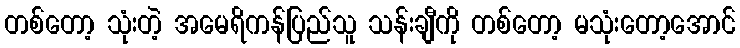
တစ်တော့ သုံးတဲ့ အမေရိကန်ပြည်သူ သန်းချီကို တစ်တော့ မသုံးတော့အောင်